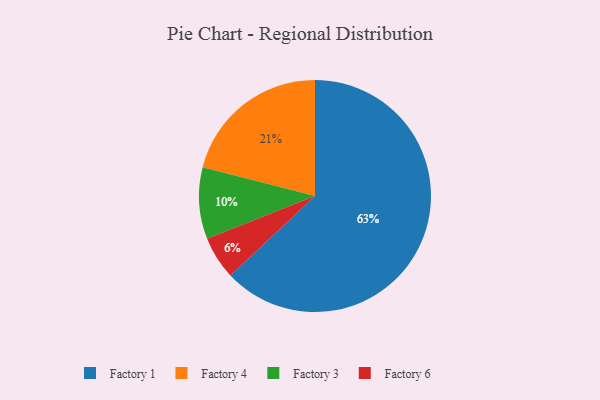
{"axis": {"x": "Category", "y": "Percentage"}, "legend": ["Factory 1", "Factory 3", "Factory 4", "Factory 6"], "data": [{"x": "Factory 3", "y": 10, "type": "Factory 3"}, {"x": "Factory 1", "y": 63, "type": "Factory 1"}, {"x": "Factory 4", "y": 21, "type": "Factory 4"}, {"x": "Factory 6", "y": 6, "type": "Factory 6"}]}